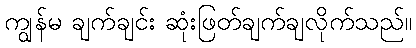
ကျွန်မ ချက်ချင်း ဆုံးဖြတ်ချက်ချလိုက်သည်။